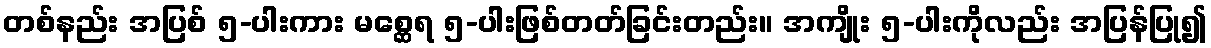
တစ်နည်း အပြစ် ၅-ပါးကား မစ္ဆေရ ၅-ပါးဖြစ်တတ်ခြင်းတည်း။ အကျိုး ၅-ပါးကိုလည်း အပြန်ပြု၍